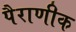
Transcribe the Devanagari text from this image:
पैराणीक